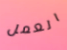
العمل